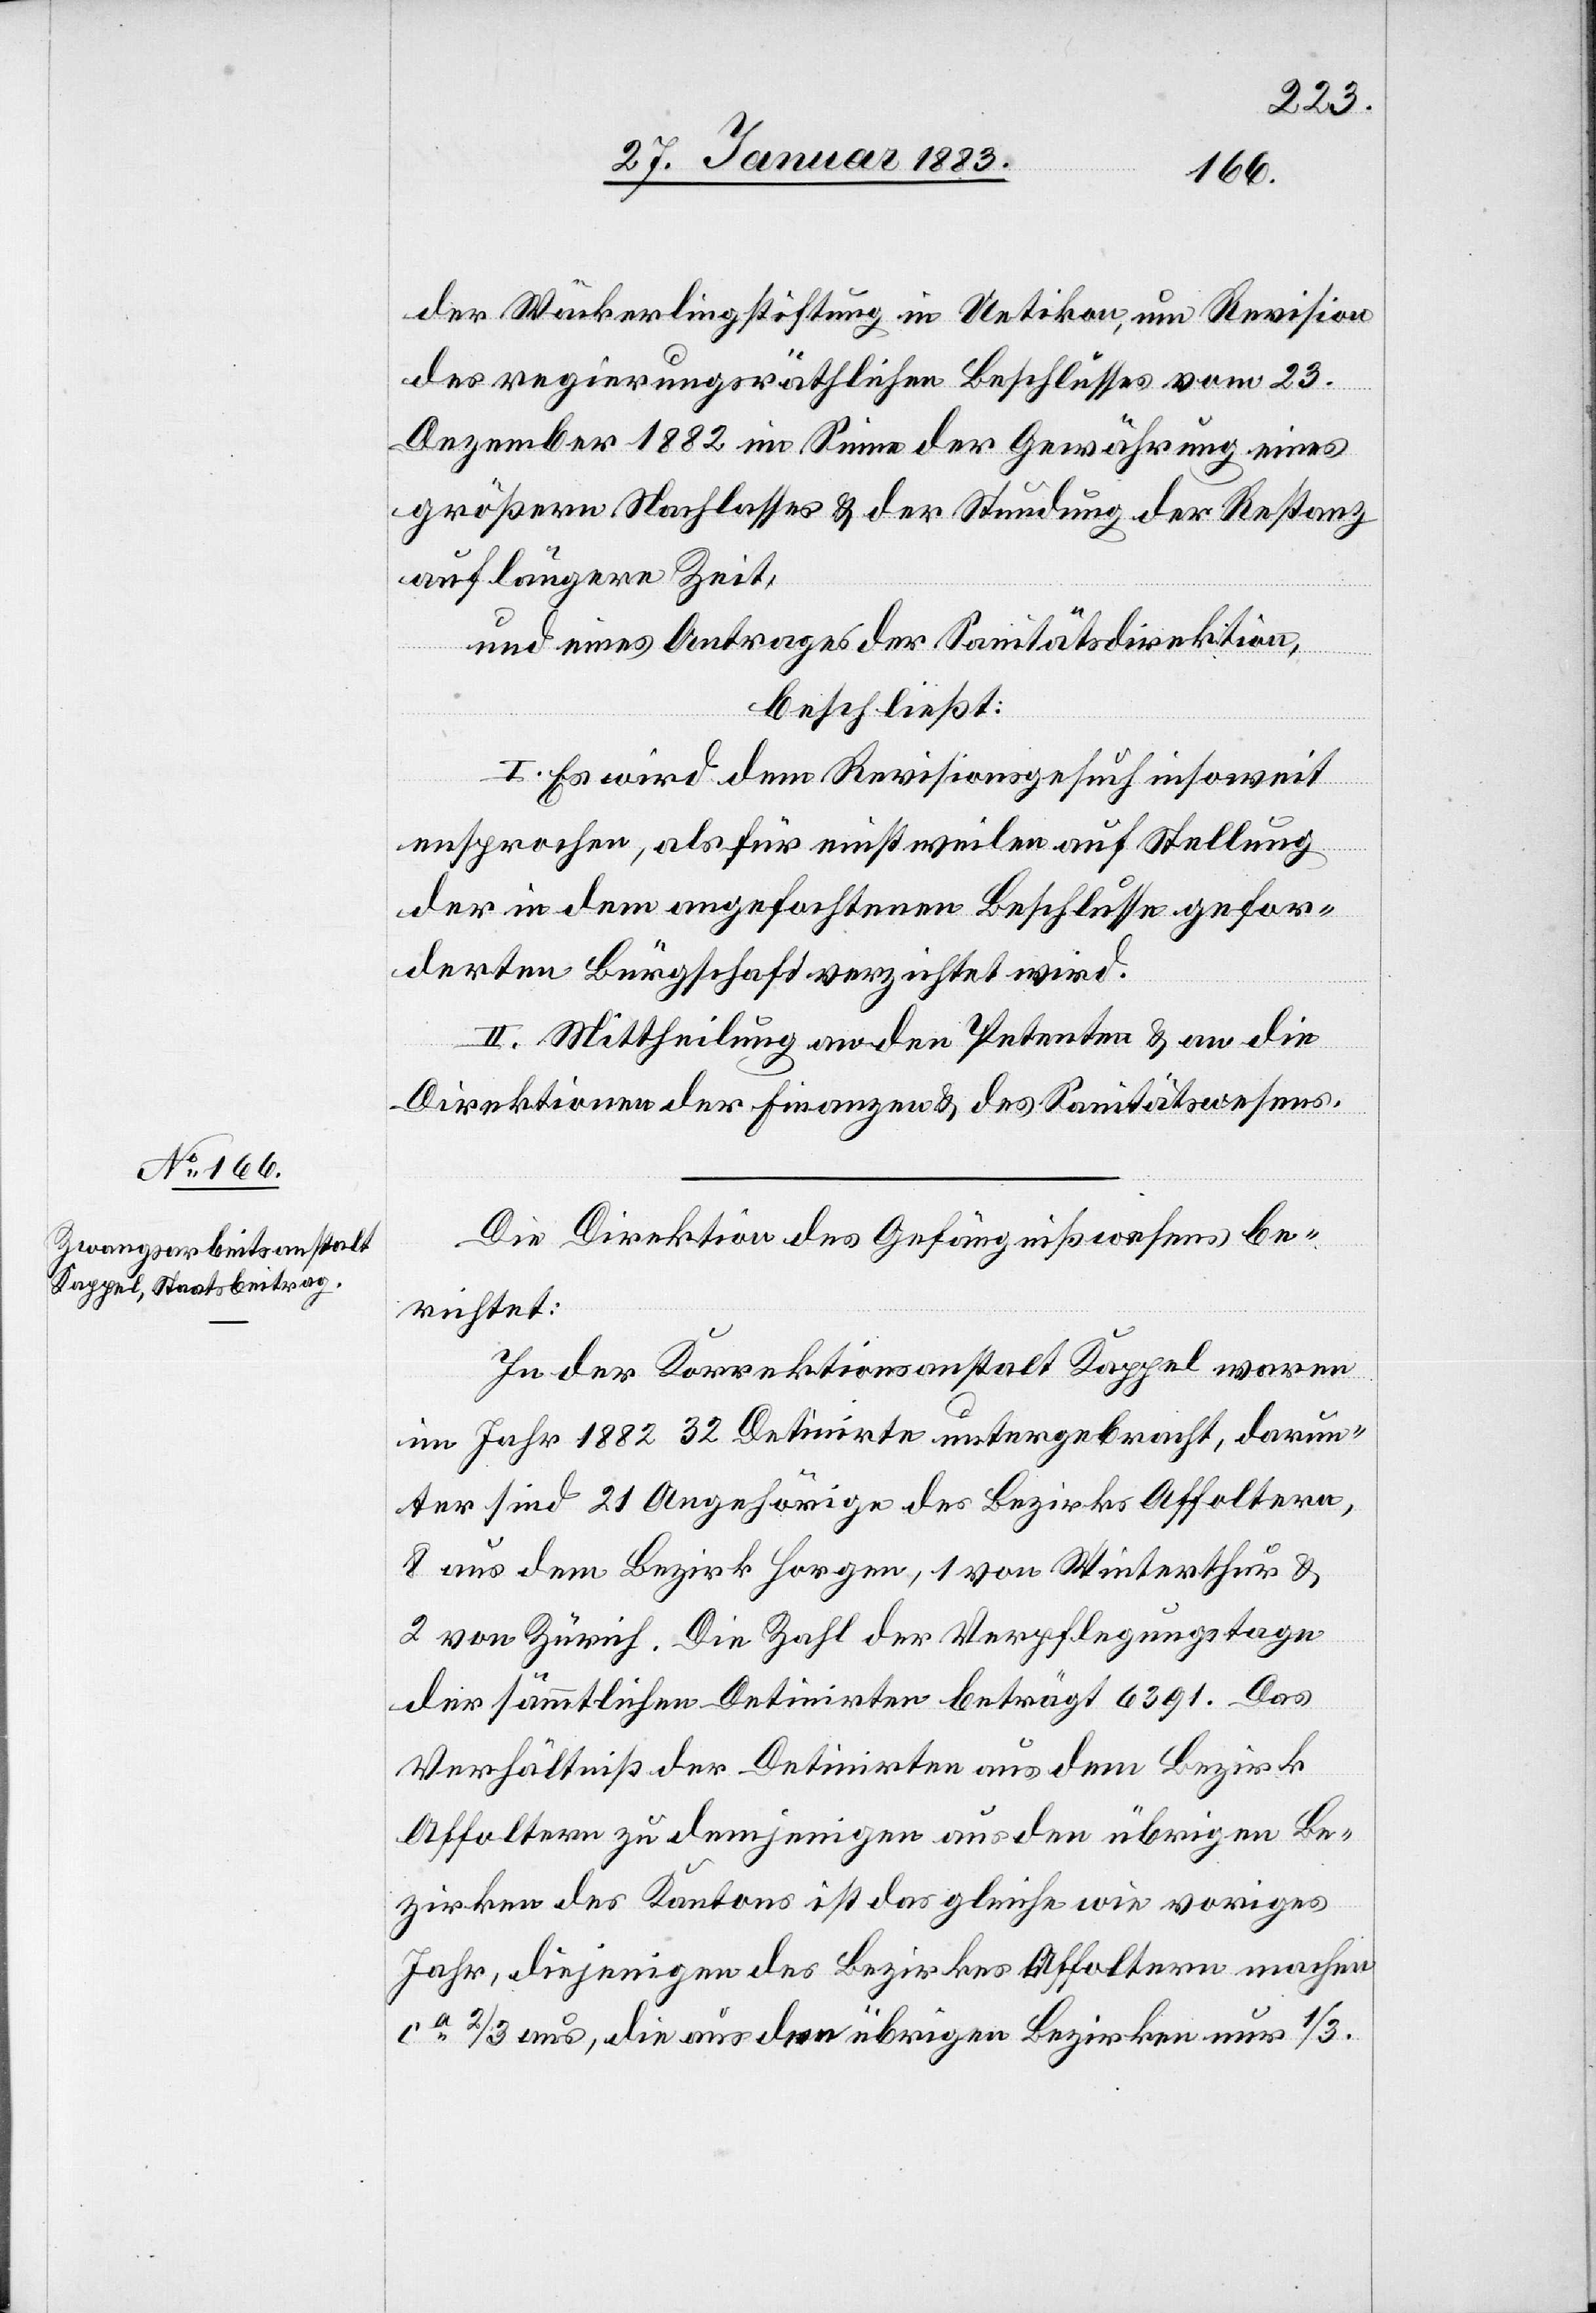
der Wäckerlingstiftung in Uetikon, um Revision
des regierungsräthlichen Beschlusses vom 23.
Dezember 1882 im Sinne der Gewährung eines
größeren Nachlasses & der Stundung der Restanz
auf längere Zeit,
und eines Antrages der Sanitätsdirektion,
beschließt:
I. Es wird dem Revisionsgesuch insoweit
entsprochen, als für einstweilen auf Stellung
der in dem angefochtenen Beschlusse gefor¬
derten Bürgschaft verzichtet wird.
II. Mittheilung an den Petenten & an die
Direktionen der Finanzen & des Sanitätswesens.
Die Direktion des Gefängnißwesens be¬
richtet:
In der Korrektionsanstalt Kappel waren
im Jahr 1882 32 Detinirte untergebracht, darun¬
ter sind 21 Angehörige des Bezirks Affoltern,
8 aus dem Bezirk Horgen, 1 von Winterthur &
2 von Zürich. Die Zahl der Verpflegungstage
der sämmtlichen Detinirten beträgt 6391. Das
Verhältniß der Detinirten aus dem Bezirk
Affoltern zu demjenigen aus den übrigen Be¬
zirken des Kantons ist das gleiche wie voriges
Jahr, diejenigen des Bezirkes Affoltern machen
ca 2/3 aus, die aus den übrigen Bezirken 1/3.